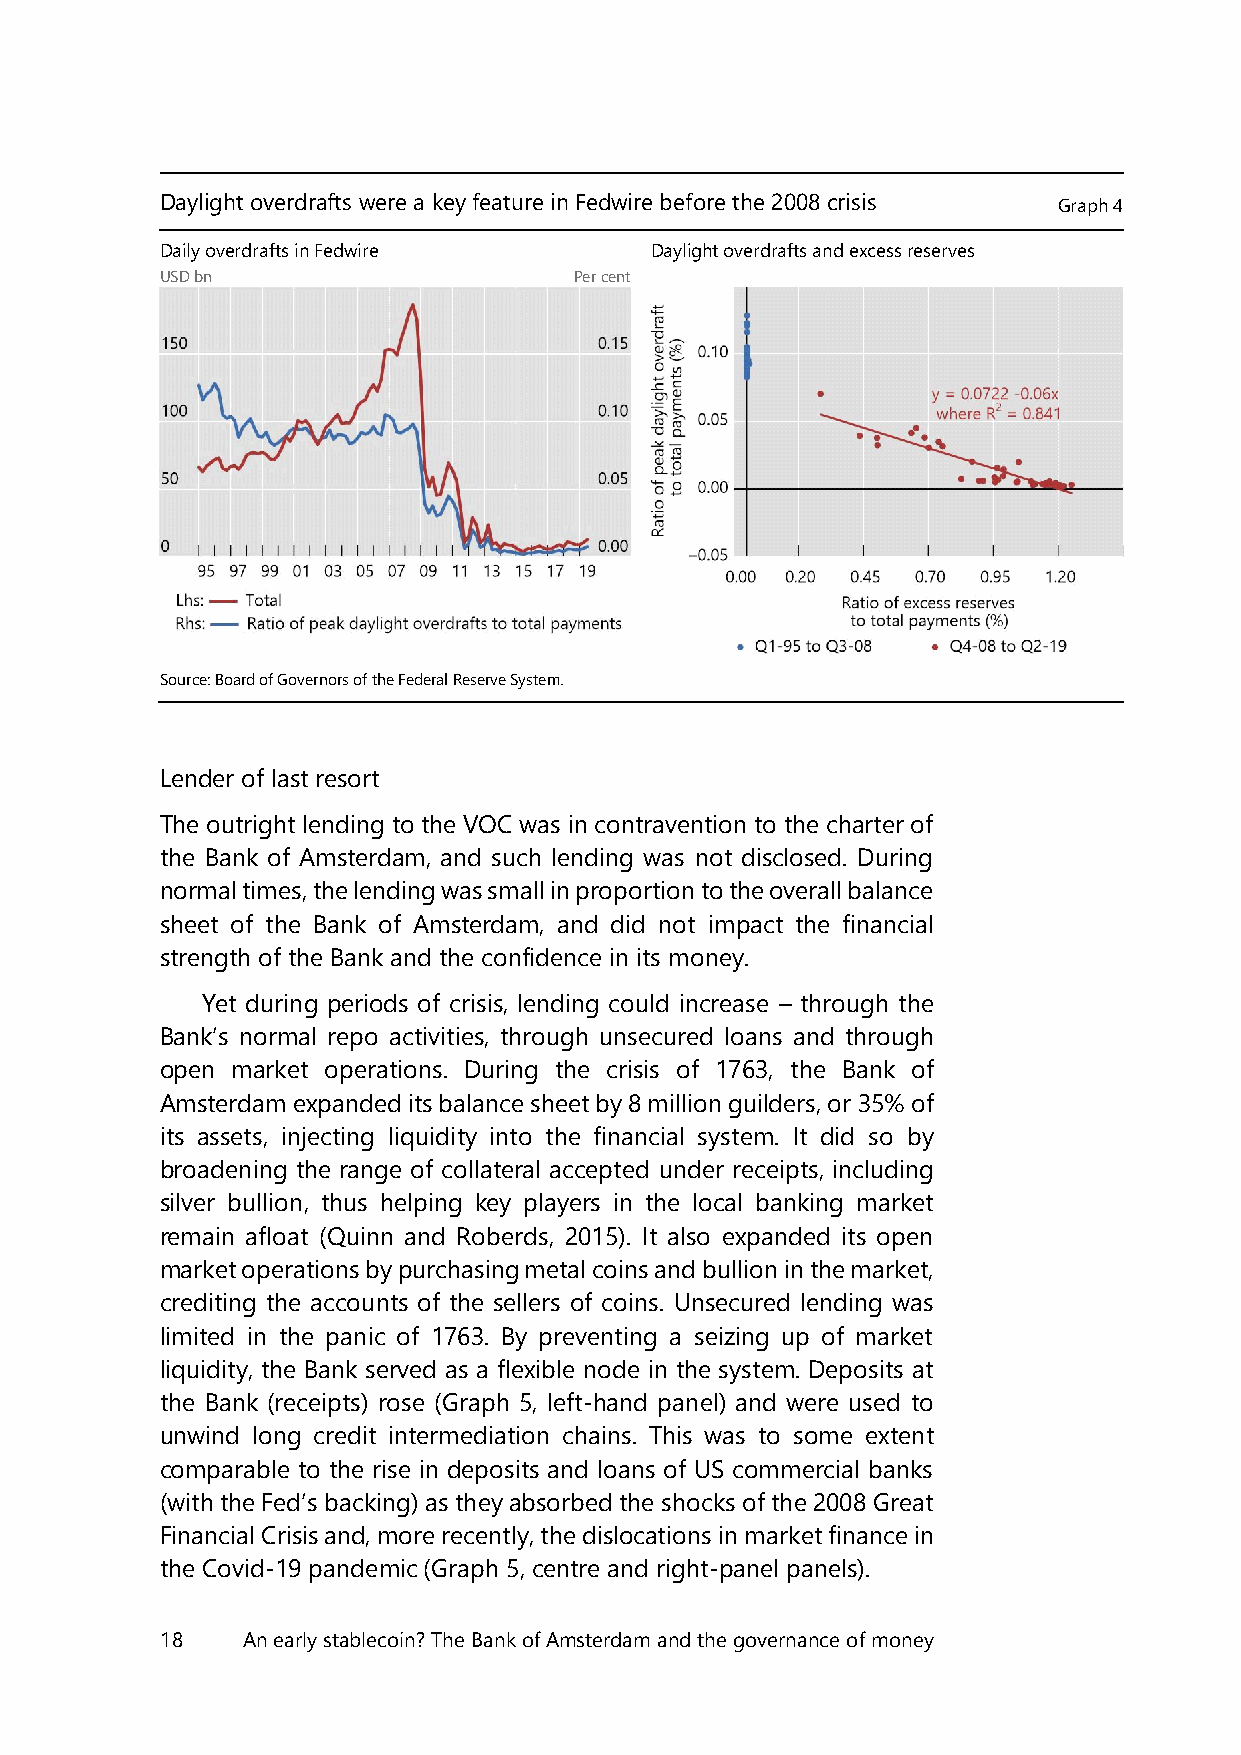
Daylight overdrafts were a key feature in Fedwire before the 2008 crisis Graph 4
 Daily overdrafts in Fedwire     Daylight overdrafts and excess reserves
 USD bn                     Per cent
 Source: Board of Governors of the Federal Reserve System.
 Lender of last resort
 The outright lending to the VOC was in contravention to the charter of
 the Bank of Amsterdam, and such lending was not disclosed. During
 normal times, the lending was small in proportion to the overall balance
 sheet of the Bank of Amsterdam, and did not impact the financial
 strength of the Bank and the confidence in its money.
 Yet during periods of crisis, lending could increase – through the
 Bank’s normal repo activities, through unsecured loans and through
 open market operations. During the crisis of 1763, the Bank of
 Amsterdam expanded its balance sheet by 8 million guilders, or 35% of
 its assets, injecting liquidity into the financial system. It did so by
 broadening the range of collateral accepted under receipts, including
 silver bullion, thus helping key players in the local banking market
 remain afloat (Quinn and Roberds, 2015). It also expanded its open
 market operations by purchasing metal coins and bullion in the market,
 crediting the accounts of the sellers of coins. Unsecured lending was
 limited in the panic of 1763. By preventing a seizing up of market
 liquidity, the Bank served as a flexible node in the system. Deposits at
 the Bank (receipts) rose (Graph 5, left-hand panel) and were used to
 unwind long credit intermediation chains. This was to some extent
 comparable to the rise in deposits and loans of US commercial banks
 (with the Fed’s backing) as they absorbed the shocks of the 2008 Great
 Financial Crisis and, more recently, the dislocations in market finance in
 the Covid-19 pandemic (Graph 5, centre and right-panel panels).
 18   An early stablecoin? The Bank of Amsterdam and the governance of money